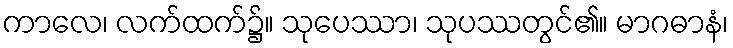
ကာလေ၊ လက်ထက်၌။ သုပေဿာ၊ သုပဿတွင်၏။ မာဂဓာနံ၊